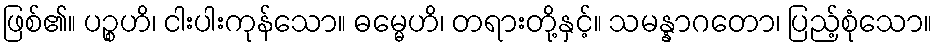
ဖြစ်၏။ ပဉ္စဟိ၊ ငါးပါးကုန်သော။ ဓမ္မေဟိ၊ တရားတို့နှင့်။ သမန္နာဂတော၊ ပြည့်စုံသော။